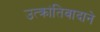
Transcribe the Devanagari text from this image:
उत्क्रांतिवादाने